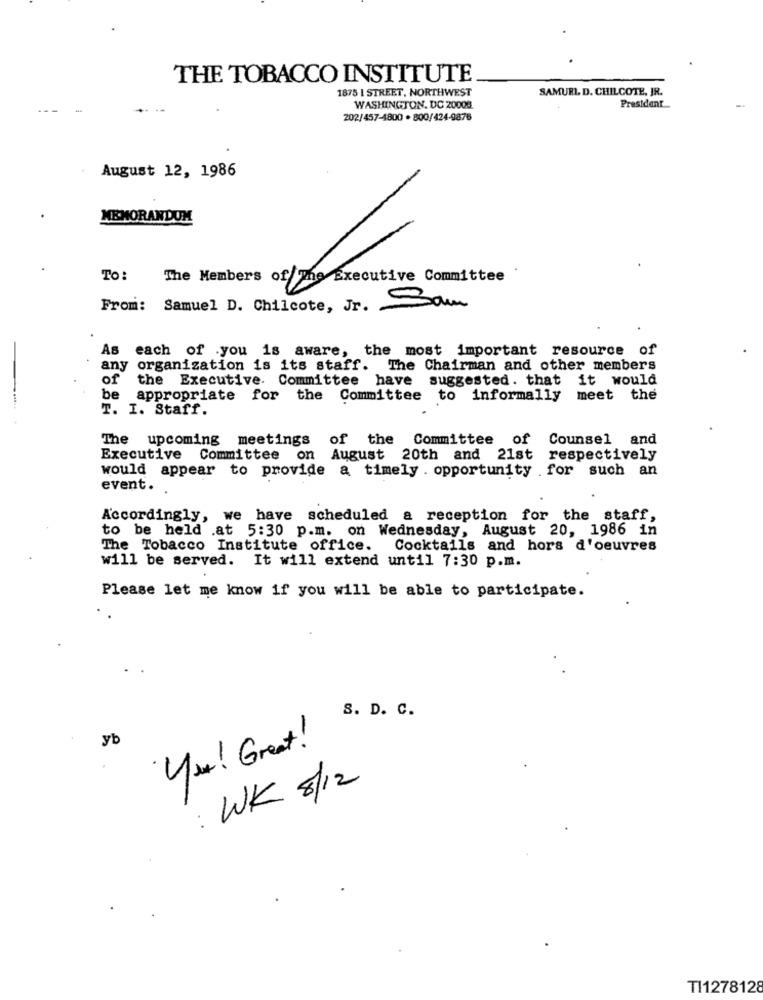
THE TOBACCO INSTITUTE
1875 | STREET, NORTHWEST
SAMURL D. CHILCOTE, JR.
President
WASHINGTON, DC 20008
202/457-4800 . 800/424-9876
August 12, 1986
MEMORANDUM
To: The Members of The Executive Committee
From: Samuel D. Chilcote, Jr.
As
each of .you is aware, the most important resource of
any organization is its staff. The Chairman and other members
of
the Executive Committee have suggested. that it would
be
appropriate for the Committee to informally meet the
T. I. Staff.
The upcoming meetings of the
Committee of
Counsel and
Executive Committee on August 20th and 21st respectively
would appear to provide a timely . opportunity .for such an
event.
Accordingly, we have scheduled a reception for the staff,
to be held .at 5:30 p.m. on Wednesday, August 20, 1986 in
The Tobacco Institute office. Cocktails and hors d'oeuvres
will be served. It will extend until 7:30 p.m.
Please let me know if you will be able to participate.
S. D. C.
yb
You! Great!
: WK 8/12
TI1278128